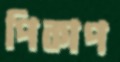
পিকাপ